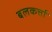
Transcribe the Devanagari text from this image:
बलकर्त्ता